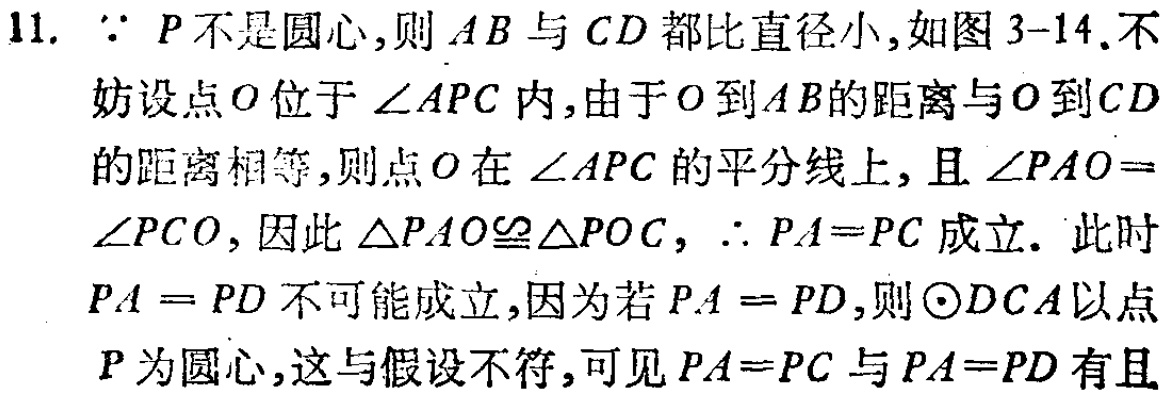
11.  \(\because P\)不是圆心，则\(AB\)与\(CD\)都比直径小，如图3-14.不妨设点\(O\)位于\(\angle APC\)内，由于\(O\)到\(AB\)的距离与\(O\)到\(CD\)的距离相等，则点\(O\)在\(\angle APC\)的平分线上，且\(\angle PAO = \angle PCO\)，因此\(\triangle PAO\cong\triangle POC\)，\(\therefore PA = PC\)成立. 此时\(PA = PD\)不可能成立，因为若\(PA = PD\)，则\(\odot DCA\)以点\(P\)为圆心，这与假设不符，可见\(PA = PC\)与\(PA = PD\)有且